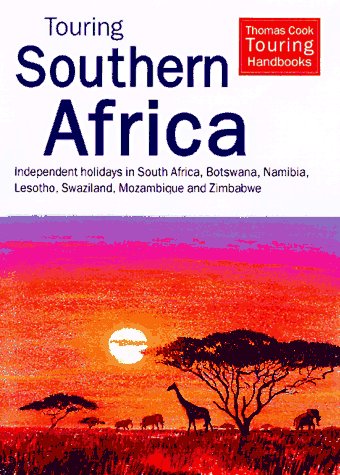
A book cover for Touring Southern Africa: Independent Holidays in South Africa, Botswanan, Namibia, Lesotho, Swaziland, Mozambique and Zimbabwe (Touring (Hunter)); Melissa Shales; Travel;